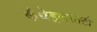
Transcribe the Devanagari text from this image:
कॅथेड्रलसाठी